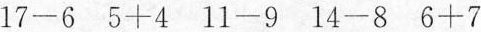
$$1 7 - 6$$ $$5 + 4$$ $$1 1 - 9$$ $$1 4 - 8$$ $$6 + 7$$